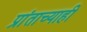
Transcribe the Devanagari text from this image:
प्रांताच्याही